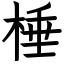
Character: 棰